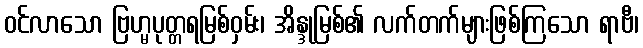
ဝင်လာသော ဗြဟ္မပုတ္တရမြစ်ဝှမ်း၊ အိန္ဒုမြစ်၏ လက်တက်များဖြစ်ကြသော ရာဗီ၊